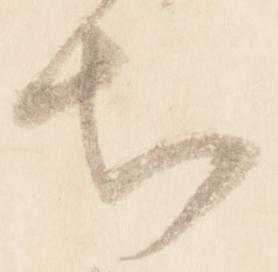
知